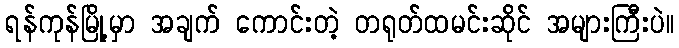
ရန်ကုန်မြို့မှာ အချက် ကောင်းတဲ့ တရုတ်ထမင်းဆိုင် အများကြီးပဲ။